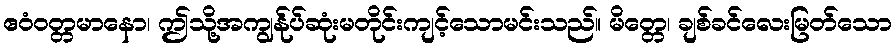
ဧဝံဝတ္တမာနော၊ ဤသို့အကျွန်ုပ်ဆုံးမတိုင်းကျင့်သောမင်းသည်။ မိတ္တေ၊ ချစ်ခင်လေးမြတ်သော